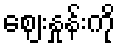
ဈေးနှုန်းကို